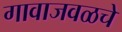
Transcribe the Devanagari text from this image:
गावाजवळचे